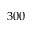
3 0 0